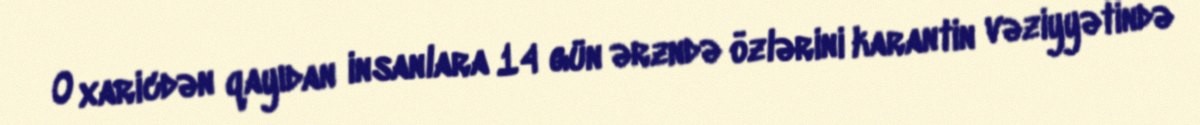
O xaricdən qayıdan insanlara 14 gün ərzndə özlərini karantin vəziyyətində